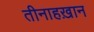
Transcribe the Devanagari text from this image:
तीनाहख़ान